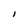
Character: l